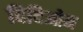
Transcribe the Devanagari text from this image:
दिदिओन